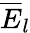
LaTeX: \overline{{E}}_{l}